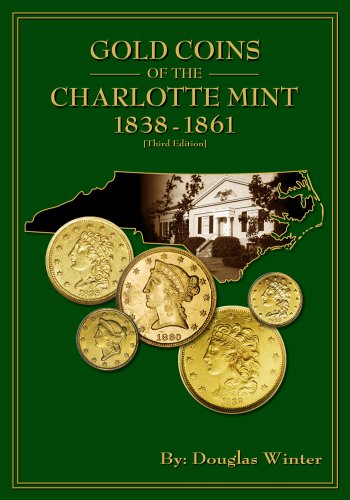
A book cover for Gold Coins of the Charlotte Mint: 1838-1861, 3rd Edition; Douglas Winter; Crafts, Hobbies & Home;